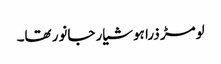
لومڑ ذرا ہوشیار جانور تھا۔